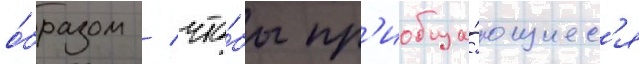
о́бразом / что́бы пр'иобща́ющиес'я